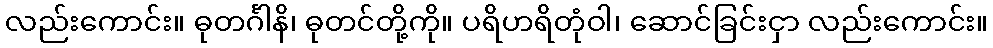
လည်းကောင်း။ ဓုတင်္ဂါနိ၊ ဓုတင်တို့ကို။ ပရိဟရိတုံဝါ၊ ဆောင်ခြင်းငှာ လည်းကောင်း။